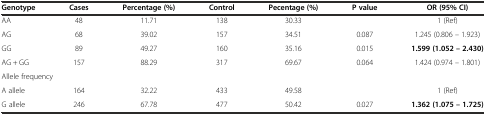
| Genotype | Cases | Percentage (%) | Control | Pecentage (%) | P value | OR (95% CI) |
 | --- | --- | --- | --- | --- | --- | --- |
 | AA | 48 | 11.71 | 138 | 30.33 |  | 1 (Ref) |
 | AG | 68 | 39.02 | 157 | 34.51 | 0.087 | 1.245 (0.806 – 1.923) |
 | GG | 89 | 49.27 | 160 | 35.16 | 0.015 | 1.599 (1.052 – 2.430) |
 | AG + GG | 157 | 88.29 | 317 | 69.67 | 0.064 | 1.424 (0.974 – 1.801) |
 | <COLSPAN=7> Allele frequency |
 | A allele | 164 | 32.22 | 433 | 49.58 |  | 1 (Ref) |
 | G allele | 246 | 67.78 | 477 | 50.42 | 0.027 | 1.362 (1.075 – 1.725) |